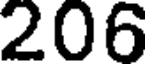
206